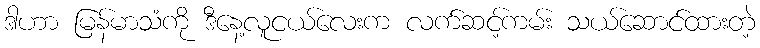
ဒါဟာ မြန်မာသံကို ဒီနေ့လူငယ်လေးက လက်ဆင့်ကမ်း သယ်ဆောင်ထားတဲ့